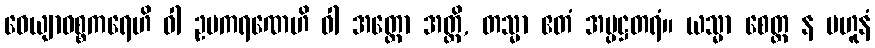
ဝေယျာဝစ္စကရေဟိ ဝါ ဥပကရဏေဟိ ဝါ အတ္ထော အတ္ထိ, တသ္မာ ဧတံ အပ္ပဋ္ဌတရံ။ ယသ္မာ စေတ္ထ န ဗဟူနံ